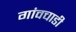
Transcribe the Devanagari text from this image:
गांवचाडी